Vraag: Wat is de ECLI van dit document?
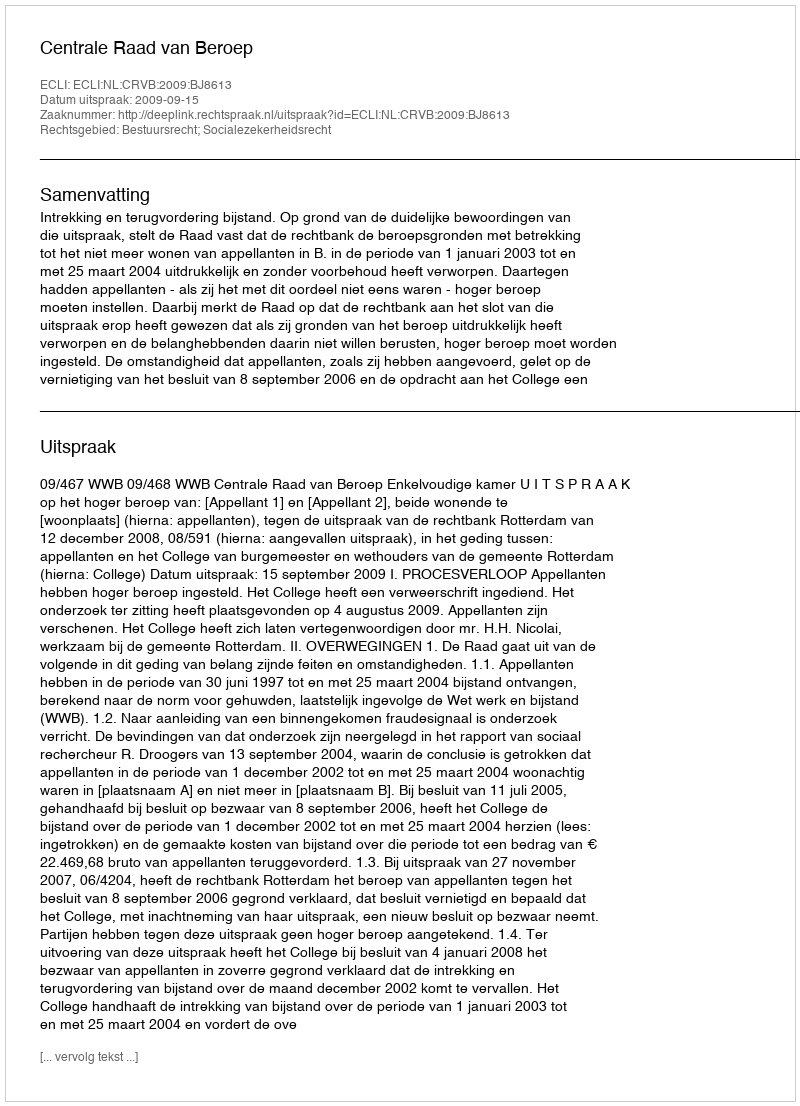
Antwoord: ECLI:NL:CRVB:2009:BJ8613